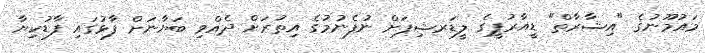
މައުމޫނުގެ "އިޝާރާތް" ޑީއާރުޕީގެ ލީޑަރޝިޕަށް ނުފެނުމުގެ އިތުރަށް ދެއްވި ބަޔާނަށް ފާޅުގައި ފާޑުކިޔާ